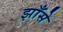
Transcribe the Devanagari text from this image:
झाँसे